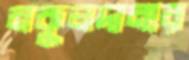
নকুলদানার